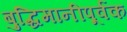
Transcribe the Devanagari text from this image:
बुद्धिमानीपूर्वक